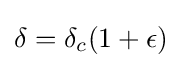
\delta =\delta _{c}(1+\epsilon )